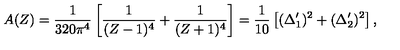
A ( Z ) = { \frac { 1 } { 3 2 0 \pi ^ { 4 } } } \left[ { \frac { 1 } { ( Z - 1 ) ^ { 4 } } } + { \frac { 1 } { ( Z + 1 ) ^ { 4 } } } \right] = { \frac { 1 } { 1 0 } } \left[ ( \Delta _ { 1 } ^ { \prime } ) ^ { 2 } + ( \Delta _ { 2 } ^ { \prime } ) ^ { 2 } \right] ,